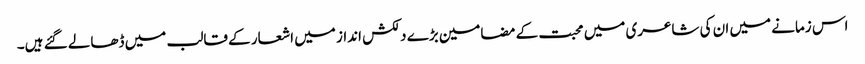
اس زمانے میں ان کی شاعری میں محبت کے مضامین بڑے دلکش انداز میں اشعار کے قالب میں ڈھالے گئے ہیں۔